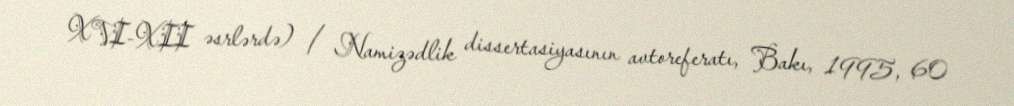
XVI-XII əsrlərdə) / Namizədlik dissertasiyasının avtoreferatı, Bakı, 1995, 60